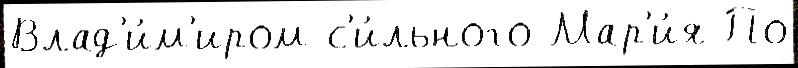
Влад'и́м'иром с'и́льного Мар'и́я По